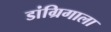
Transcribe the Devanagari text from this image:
डांग्रिगाला